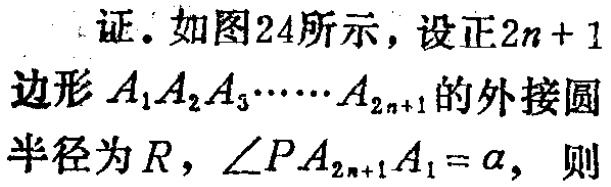
证. 如图24所示，设正\(2n + 1\)边形\(A_{1}A_{2}A_{3}\cdots\cdots A_{2n + 1}\)的外接圆半径为\(R\)，\(\angle PA_{2n + 1}A_{1}=\alpha\)，则